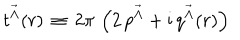
t ^ { { \vec { \Lambda } } } ( r ) \, \equiv \, 2 \pi \, \left( 2 \, p ^ { { \vec { \Lambda } } } + \mathrm { i } \, q ^ { { \vec { \Lambda } } } ( r ) \right)